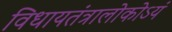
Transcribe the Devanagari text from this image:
विधायतंत्रालोकोऽयं